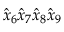
\hat { x } _ { 6 } \hat { x } _ { 7 } \hat { x } _ { 8 } \hat { x } _ { 9 }